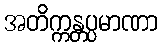
အတိက္ကန္တပ္ပမာဏာ